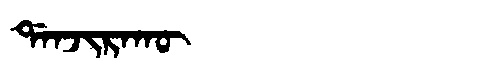
Manchu: ᡩᠠᠨᠵᡳᡵᠠᡴᡡ
Romanization: DANJIRAKŪ